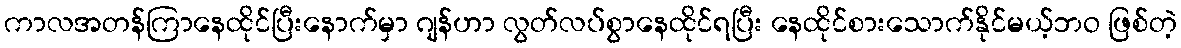
ကာလအတန်ကြာနေထိုင်ပြီးနောက်မှာ ဂျန်ဟာ လွတ်လပ်စွာနေထိုင်ရပြီး နေထိုင်စားသောက်နိုင်မယ့်ဘဝ ဖြစ်တဲ့